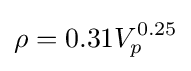
\rho =0.31V_{p}^{0.25}